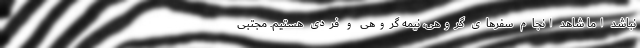
نباشد اما شاهد انجام سفرهای گروهی، نیمه گروهی و فردی هستیم. مجتبی